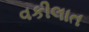
વકીલાત